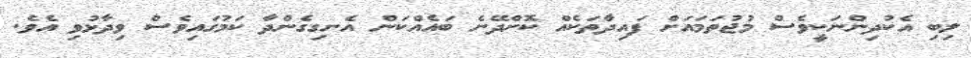
ލިބި އެކުދިންނަކީވެސް މުޖުތަމައަށް ފައިދާތަކެއް ކޮށްދޭނެ ބައެއްކަން އެނގިގެންދާ ކަމުގައިވެސް ވިދާޅުވި އެވެ.